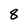
Character: 8